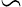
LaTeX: \backsim